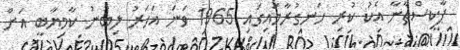
ޕާކިސްތާނާ އެކު ކުރި ހަނގުރާމައިގައި 1965 ވަނަ އަހަރު ލިބުނު ކާމިޔާބީ އަށް